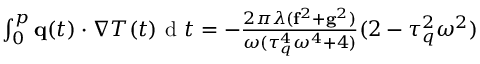
\begin{array} { r } { \int \displaylimits _ { 0 } ^ { p } \mathbf q ( t ) \cdot \nabla T ( t ) \textrm { d } t = - \frac { 2 \pi \lambda ( \mathbf f ^ { 2 } + \mathbf g ^ { 2 } ) } { \omega ( \tau _ { q } ^ { 4 } \omega ^ { 4 } + 4 ) } ( 2 - \tau _ { q } ^ { 2 } \omega ^ { 2 } ) } \end{array}